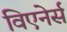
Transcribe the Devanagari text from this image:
विएनेर्स